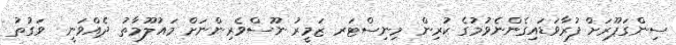
ސިންގަޕޫރަށް ފުރާވަޑައިގެންނެވުމުގެ ކުރިން މިނިސްޓަރ ޒަމީރު ނޫސްވެރިންނަށް މައުލޫމާތު ދެއްވަނީ  ވަގުތު